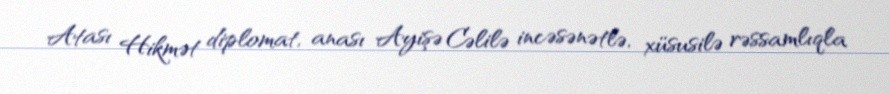
Atası Hikmət diplomat, anası Ayişə Cəlilə incəsənətlə, xüsusilə rəssamlıqla